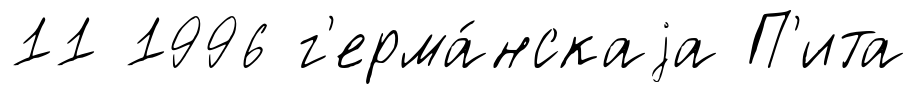
11 1996 г'ерма́нскаjа П'ита